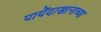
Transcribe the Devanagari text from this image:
पायेंदाखानाच्या